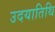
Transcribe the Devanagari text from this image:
उदयातिथि